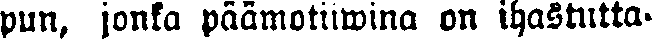
pun, jonka päämotiiwina on ihastutta-